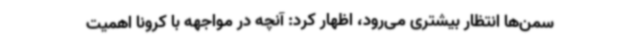
سمن‌ها انتظار بیشتری می‌رود، اظهار کرد: آنچه در مواجهه با کرونا اهمیت